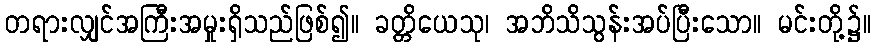
တရားလျှင်အကြီးအမှုးရှိသည်ဖြစ်၍။ ခတ္တိယေသု၊ အဘိသိသွန်းအပ်ပြီးသော။ မင်းတို့၌။